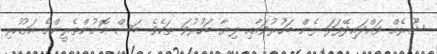
ޝޫރެއް ވައްދައިދޭފަދަ ޅެން ބަހުރުވައާއި ލިޔާ ބަހުރުވަ ތަކެވެ. ބަސް މޮށުންތެރީންގެ އަގުހުރި